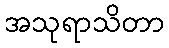
အသုရာသိတာ